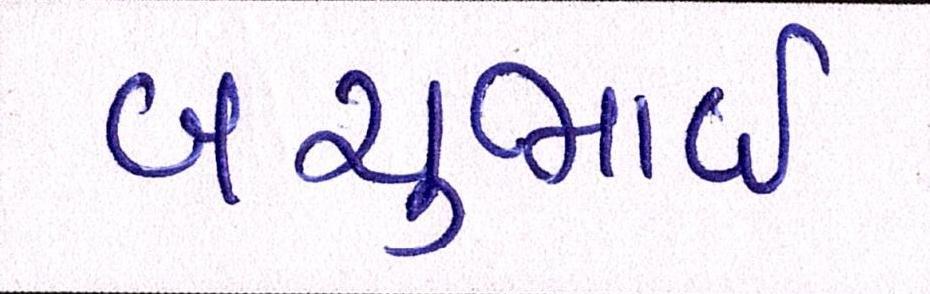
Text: બચુભાઈ